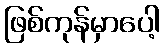
ဖြစ်ကုန်မှာပေါ့